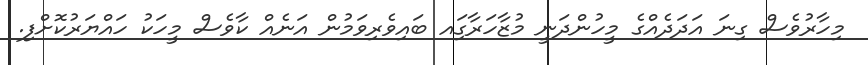
މިހާރުވެސް ގިނަ އަދަދެއްގެ މީހުންދަނީ މުޒާހަރާގަިއ ބައިވެރިވަމުން އަނެއް ކާވެސް މީހަކު ހައްޔަރުކޮށްފި.